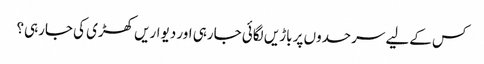
کس کےلیے سرحدوں پر باڑیں لگائی جارہی اور دیواریں کھڑی کی جارہی؟